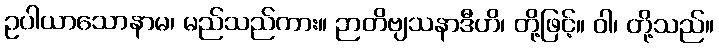
ဥပါယာသောနာမ၊ မည်သည်ကား။ ဉာတိဗျသနာဒီဟိ၊ တို့ဖြင့်။ ဝါ၊ တို့သည်။